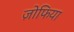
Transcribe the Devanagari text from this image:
ज़ोफिया